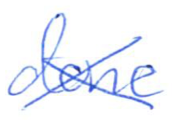
Text: done
Cross-out: cross
Writing tool: ballpoint